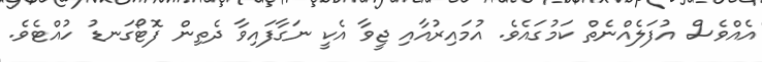
އެއްވެސް އުފަލެއްނެތް ކަމުގައެވެ. އުމައިރުއާއި ޖީވާ އެކީ ނަގާފައިވާ ދެތިން ފޮޓޯގަނޑު ހުއްޓެވެ.